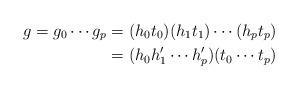
LaTeX: \begin{align*}g=g_0\cdots g_p&=(h_0t_0)(h_1t_1)\cdots(h_pt_p)\\&=(h_0h_1'\cdots h_p')(t_0\cdots t_p)\end{align*}